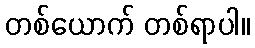
တစ်ယောက် တစ်ရာပါ။